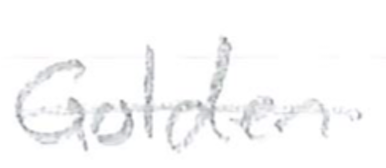
Text: Golden
Cross-out: single-line
Writing tool: pencil